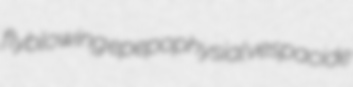
flyblowing epepophysial vespacide